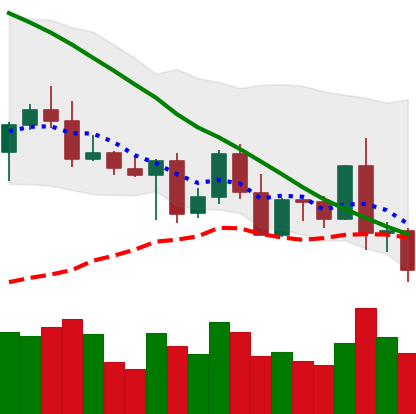
Ticker: BNB-USD
Chart end date: 2022-05-07
Forward return: -26.328%
Label: down_7plus